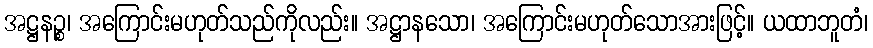
အဋ္ဌနဉ္စ၊ အကြောင်းမဟုတ်သည်ကိုလည်း။ အဋ္ဌာနသော၊ အကြောင်းမဟုတ်သောအားဖြင့်။ ယထာဘူတံ၊